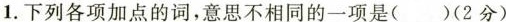
1.下列各项加点的词，意思不相同的一项是( ）(2分)